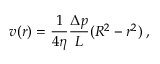
v ( r ) = \frac { 1 } { 4 \eta } \frac { \Delta p } { L } ( R ^ { 2 } - r ^ { 2 } ) \; ,